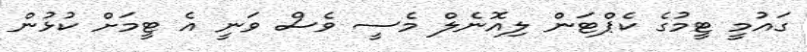
ގައުމީ ޓީމުގެ ކެޕްޓަން ލިއޮނެލް މެސީ ވެސް ވަނީ އެ ޓީމަށް ކުޅުން